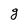
Character: e